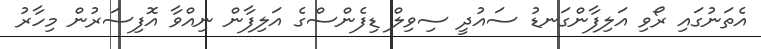
އެތަނުގައި ރޯވި އަލިފާންގަނޑު ސައުދީ ސިވިލް ޑިފެންސްގެ އަލިފާން ނިއްވާ އޮފިސަރުން މިހާރު